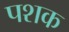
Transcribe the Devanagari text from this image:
पशक